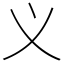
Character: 义